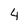
Character: 4